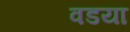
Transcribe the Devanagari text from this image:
वडया